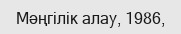
Мәңгілік алау, 1986,